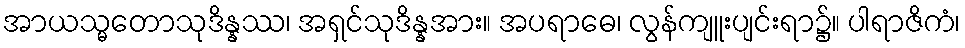
အာယသ္မတောသုဒိန္နဿ၊ အရှင်သုဒိန္နအား။ အပရာဓေ၊ လွန်ကျူးပျင်းရာ၌။ ပါရာဇိကံ၊